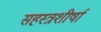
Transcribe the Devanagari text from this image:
सहस्त्रशीर्षा